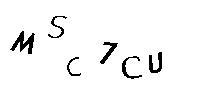
MSC7CU